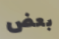
بعض